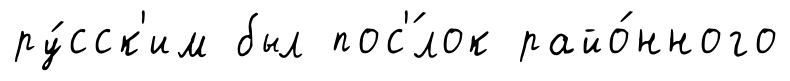
ру́сск'им был пос'́лок райо́нного